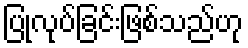
ပြုလုပ်ခြင်းဖြစ်သည်ဟု